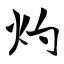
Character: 灼